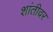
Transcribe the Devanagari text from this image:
शांतीवर